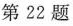
第22题